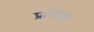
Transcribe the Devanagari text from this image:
प्रतिप्रभू